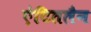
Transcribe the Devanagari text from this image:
ऐटितलैन